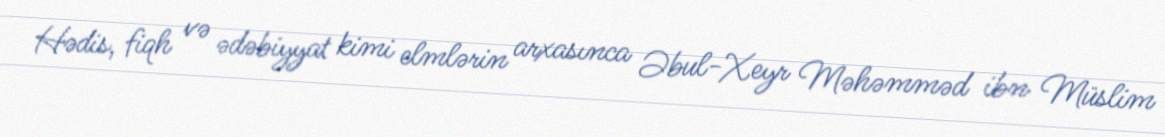
Hədis, fiqh və ədəbiyyat kimi elmlərin arxasınca Əbul-Xeyr Məhəmməd ibn Müslim